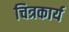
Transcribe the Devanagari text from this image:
चित्रकार्य